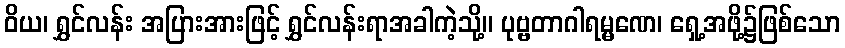
ဝိယ၊ ရွှင်လန်း အပြားအားဖြင့် ရွှင်လန်းရာအခါကဲ့သို့။ ပုဗ္ဗတာဂါရမ္မဏေ၊ ရှေ့အဖို့၌ဖြစ်သော